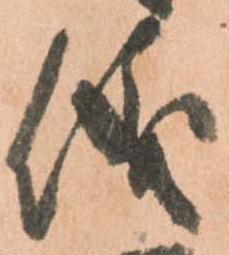
儀